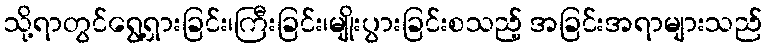
သို့ရာတွင်ရွေ့ရှားခြင်း၊ကြီးခြင်း၊မျိုးပွားခြင်းစသည့် အခြင်းအရာများသည်